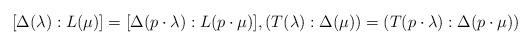
LaTeX: \begin{align*}[\Delta(\lambda):L(\mu)] = [\Delta(p \cdot\lambda):L(p\cdot \mu)], (T(\lambda):\Delta(\mu)) = (T(p \cdot\lambda):\Delta(p\cdot \mu))\end{align*}